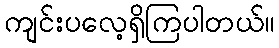
ကျင်းပလေ့ရှိကြပါတယ်။